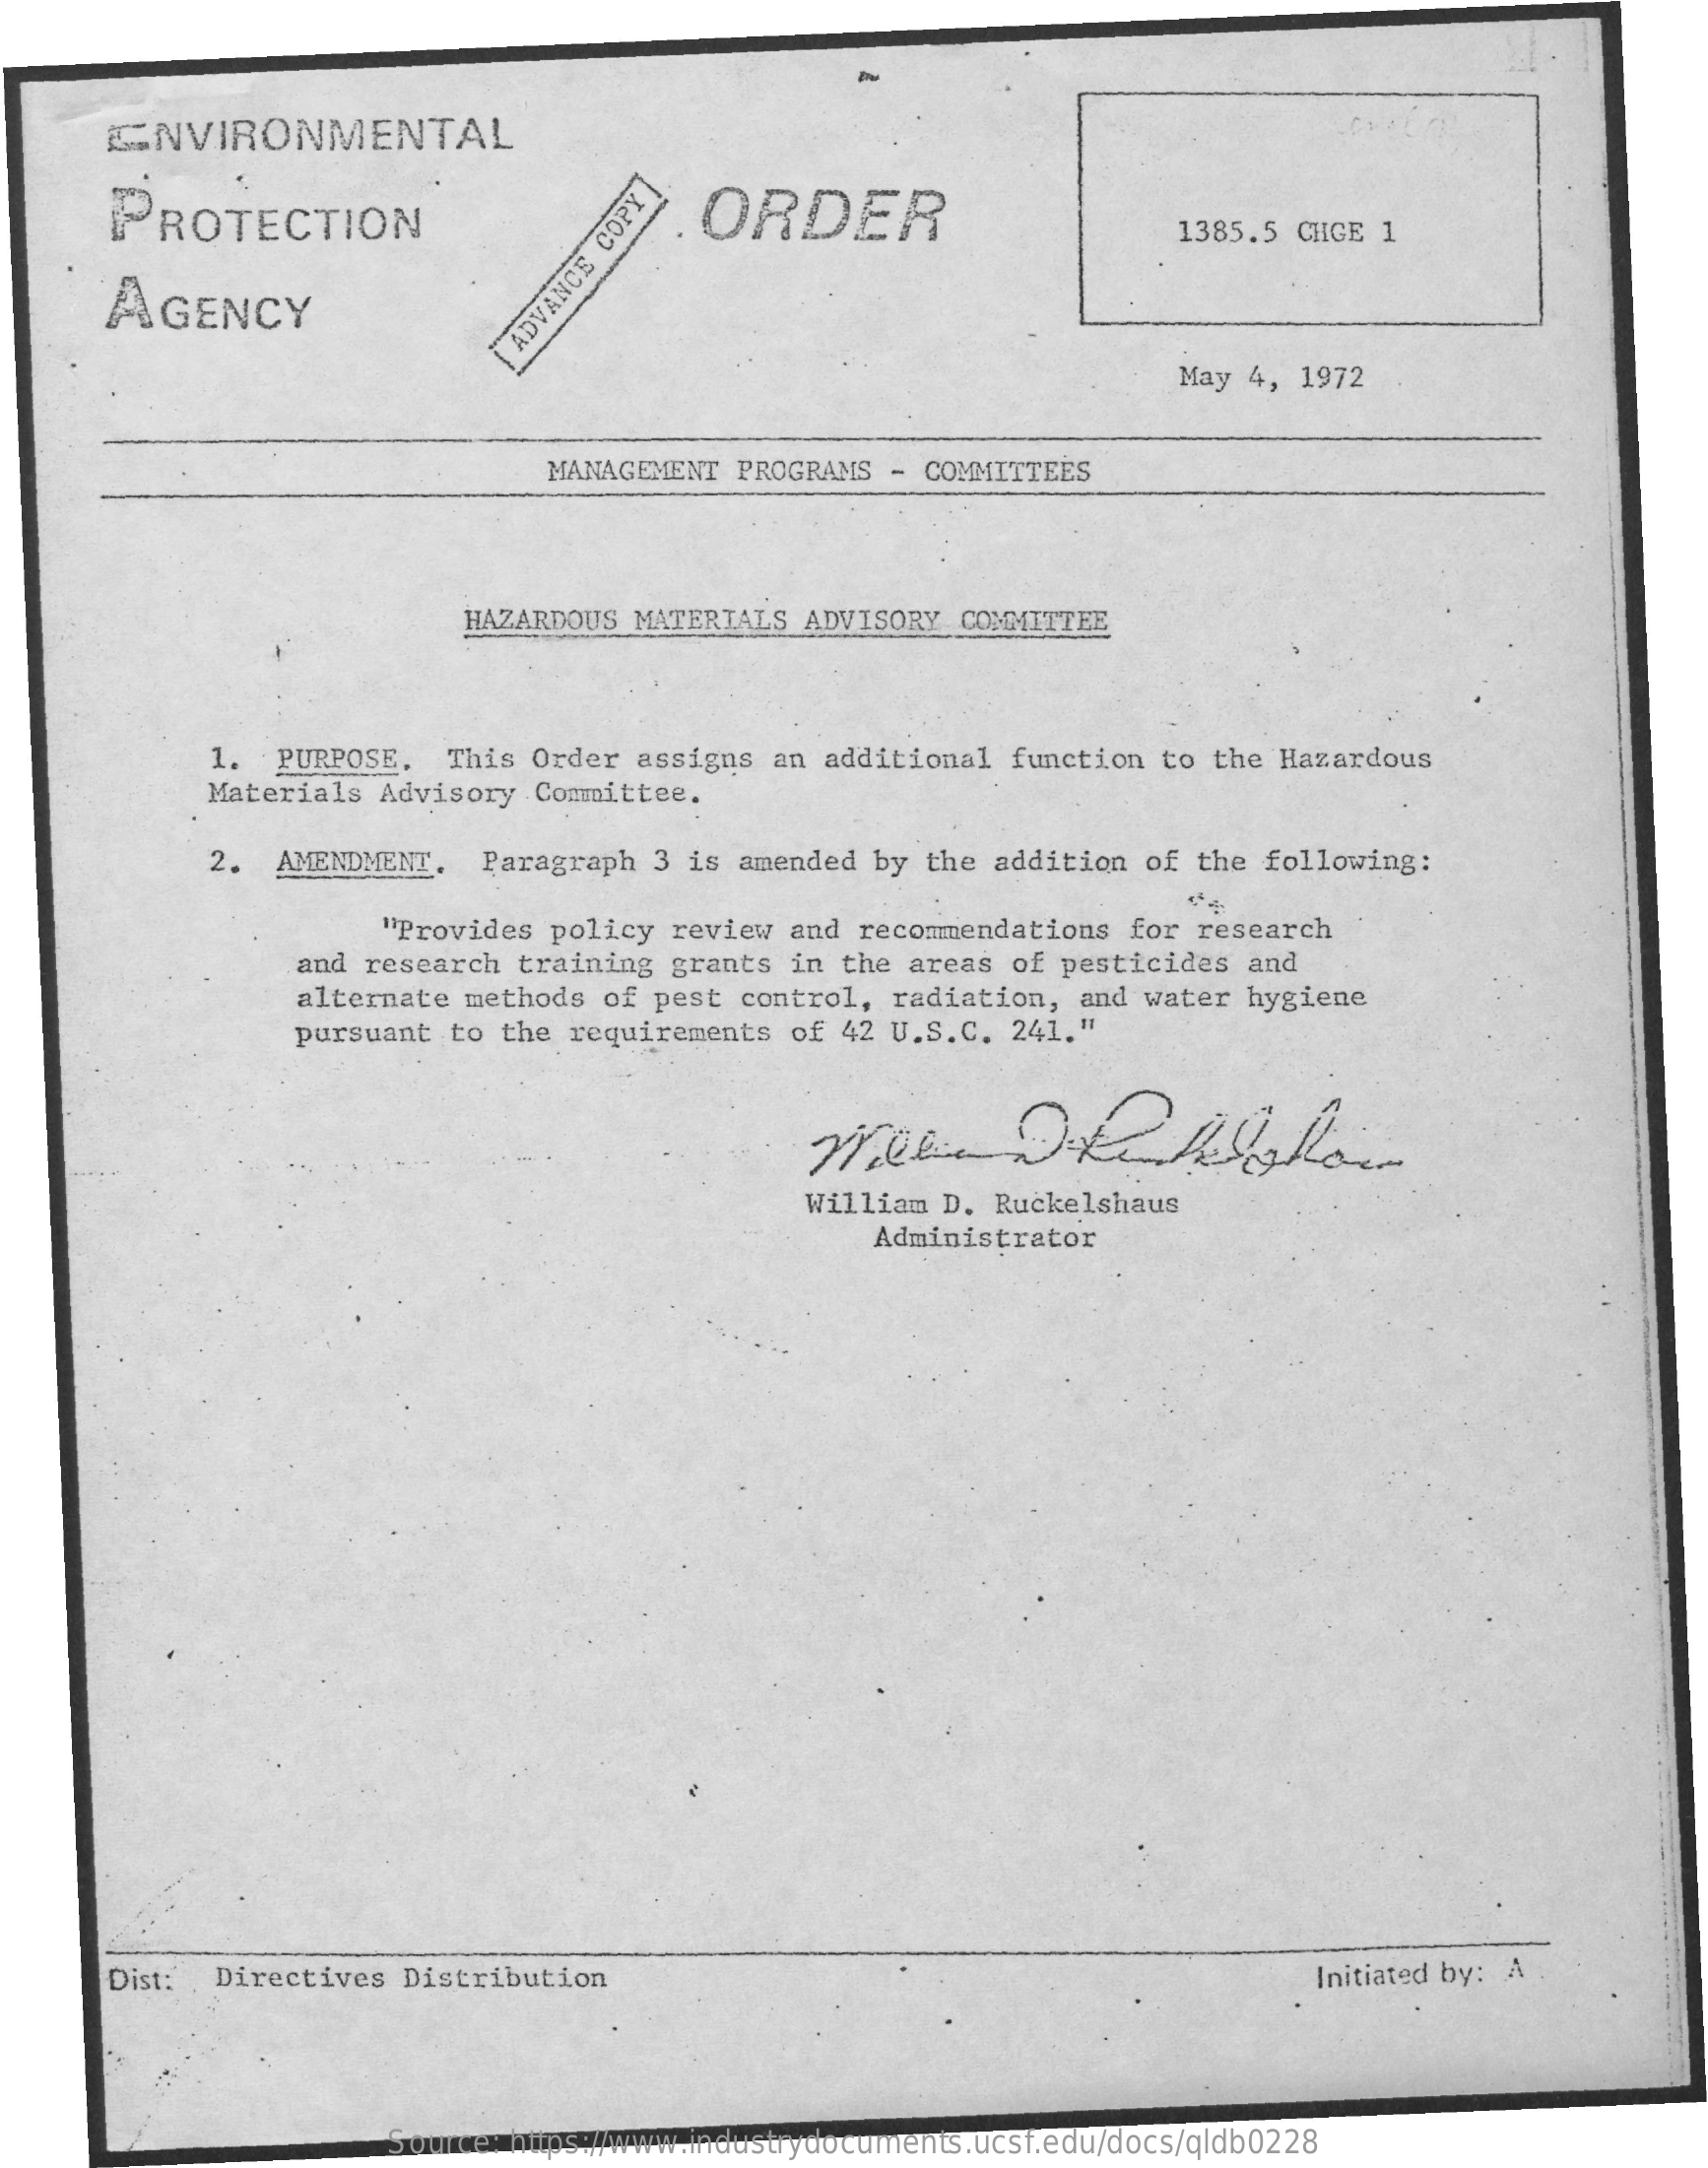
ENVIRONMENTAL
     PROTECTION    ORDER
     1385.5 CHGE 1
     AGENCY    ADVANCE
     COPY
     May 4, 1972
     MANAGEMENT PROGRAMS - COMMITTEES
     HAZARDOUS MATERIALS ADVISORY COMMITTEE
     1. PURPOSE. This Order assigns an additional function to the Hazardous
     Materials Advisory Committee.
     2. AMENDMENT. Paragraph 3 is amended by the addition of the following:
     "Provides policy review and recommendations for research
     and research training grants in the areas of pesticides and
     alternate methods of pest control, radiation, and water hygiene
     pursuant to the requirements of 42 U.S.C. 241."
     William D. Ruckelshaus
     Administrator
     Dist: Directives Distribution    Initiated by: A
     Source: https://www.industrydocuments.ucsf.edu/docs/qldb0228